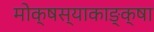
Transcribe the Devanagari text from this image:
मोक्षस्याकाङ्क्षा